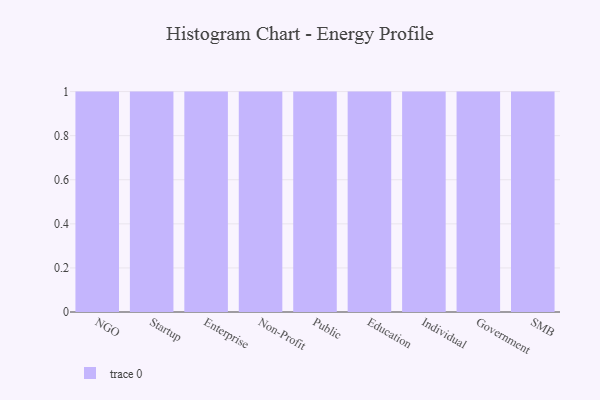
{"axis": {"x": "Segment", "y": "Conversion Rate (%)"}, "legend": [""], "data": [{"x": "NGO", "y": 19, "type": ""}, {"x": "Startup", "y": 56, "type": ""}, {"x": "Enterprise", "y": 39, "type": ""}, {"x": "Non-Profit", "y": 47, "type": ""}, {"x": "Public", "y": 60, "type": ""}, {"x": "Education", "y": 73, "type": ""}, {"x": "Individual", "y": 44, "type": ""}, {"x": "Government", "y": 32, "type": ""}, {"x": "SMB", "y": 4, "type": ""}]}